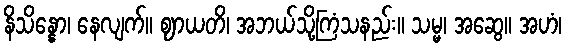
နိသိန္နော၊ နေလျက်။ ဈာယတိ၊ အဘယ်သို့ကြံသနည်း။ သမ္မ၊ အဆွေ။ အဟံ၊